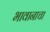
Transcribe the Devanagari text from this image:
भावानाचा